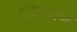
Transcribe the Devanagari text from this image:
घोड्याने